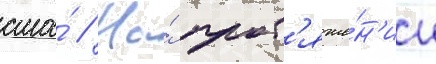
сша́ // На́ прот'яже́н'ии